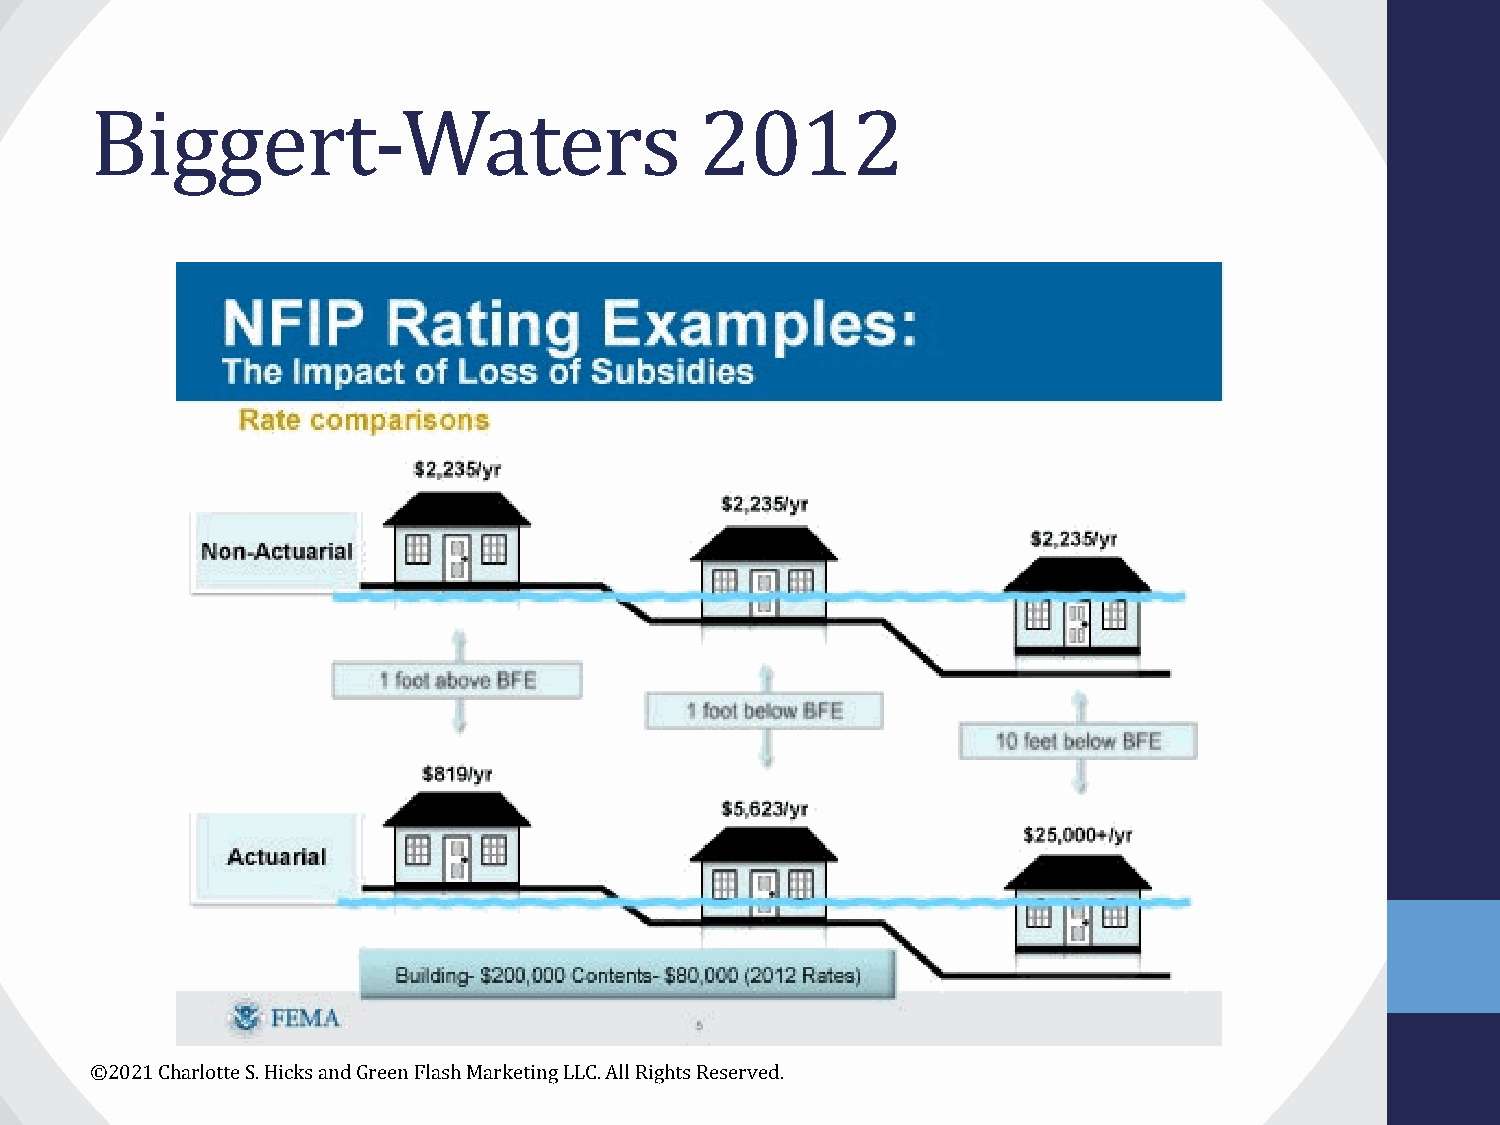
Biggert-Waters                          2012
 ©2021 Charlotte S. Hicks and Green Flash Marketing LLC. All Rights Reserved.